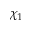
\chi _ { 1 }